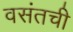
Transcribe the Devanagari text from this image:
वसंतची